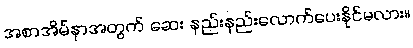
အစာအိမ်နာအတွက် ဆေး နည်းနည်းလောက်ပေးနိုင်မလား။